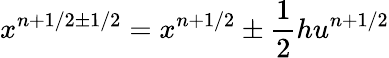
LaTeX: x^{n+1/2\pm 1/2}=x^{n+1/2}\pm\frac 12hu^{n+1/2}